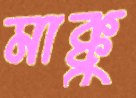
মাক্কু